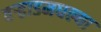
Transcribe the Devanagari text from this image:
वर्‍हाडमधल्या